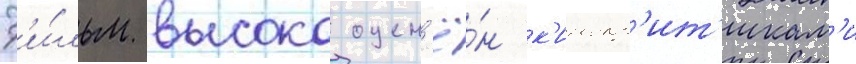
Ф'и́льм высоко оцен'ё́н к'инокр'ит'икам'и